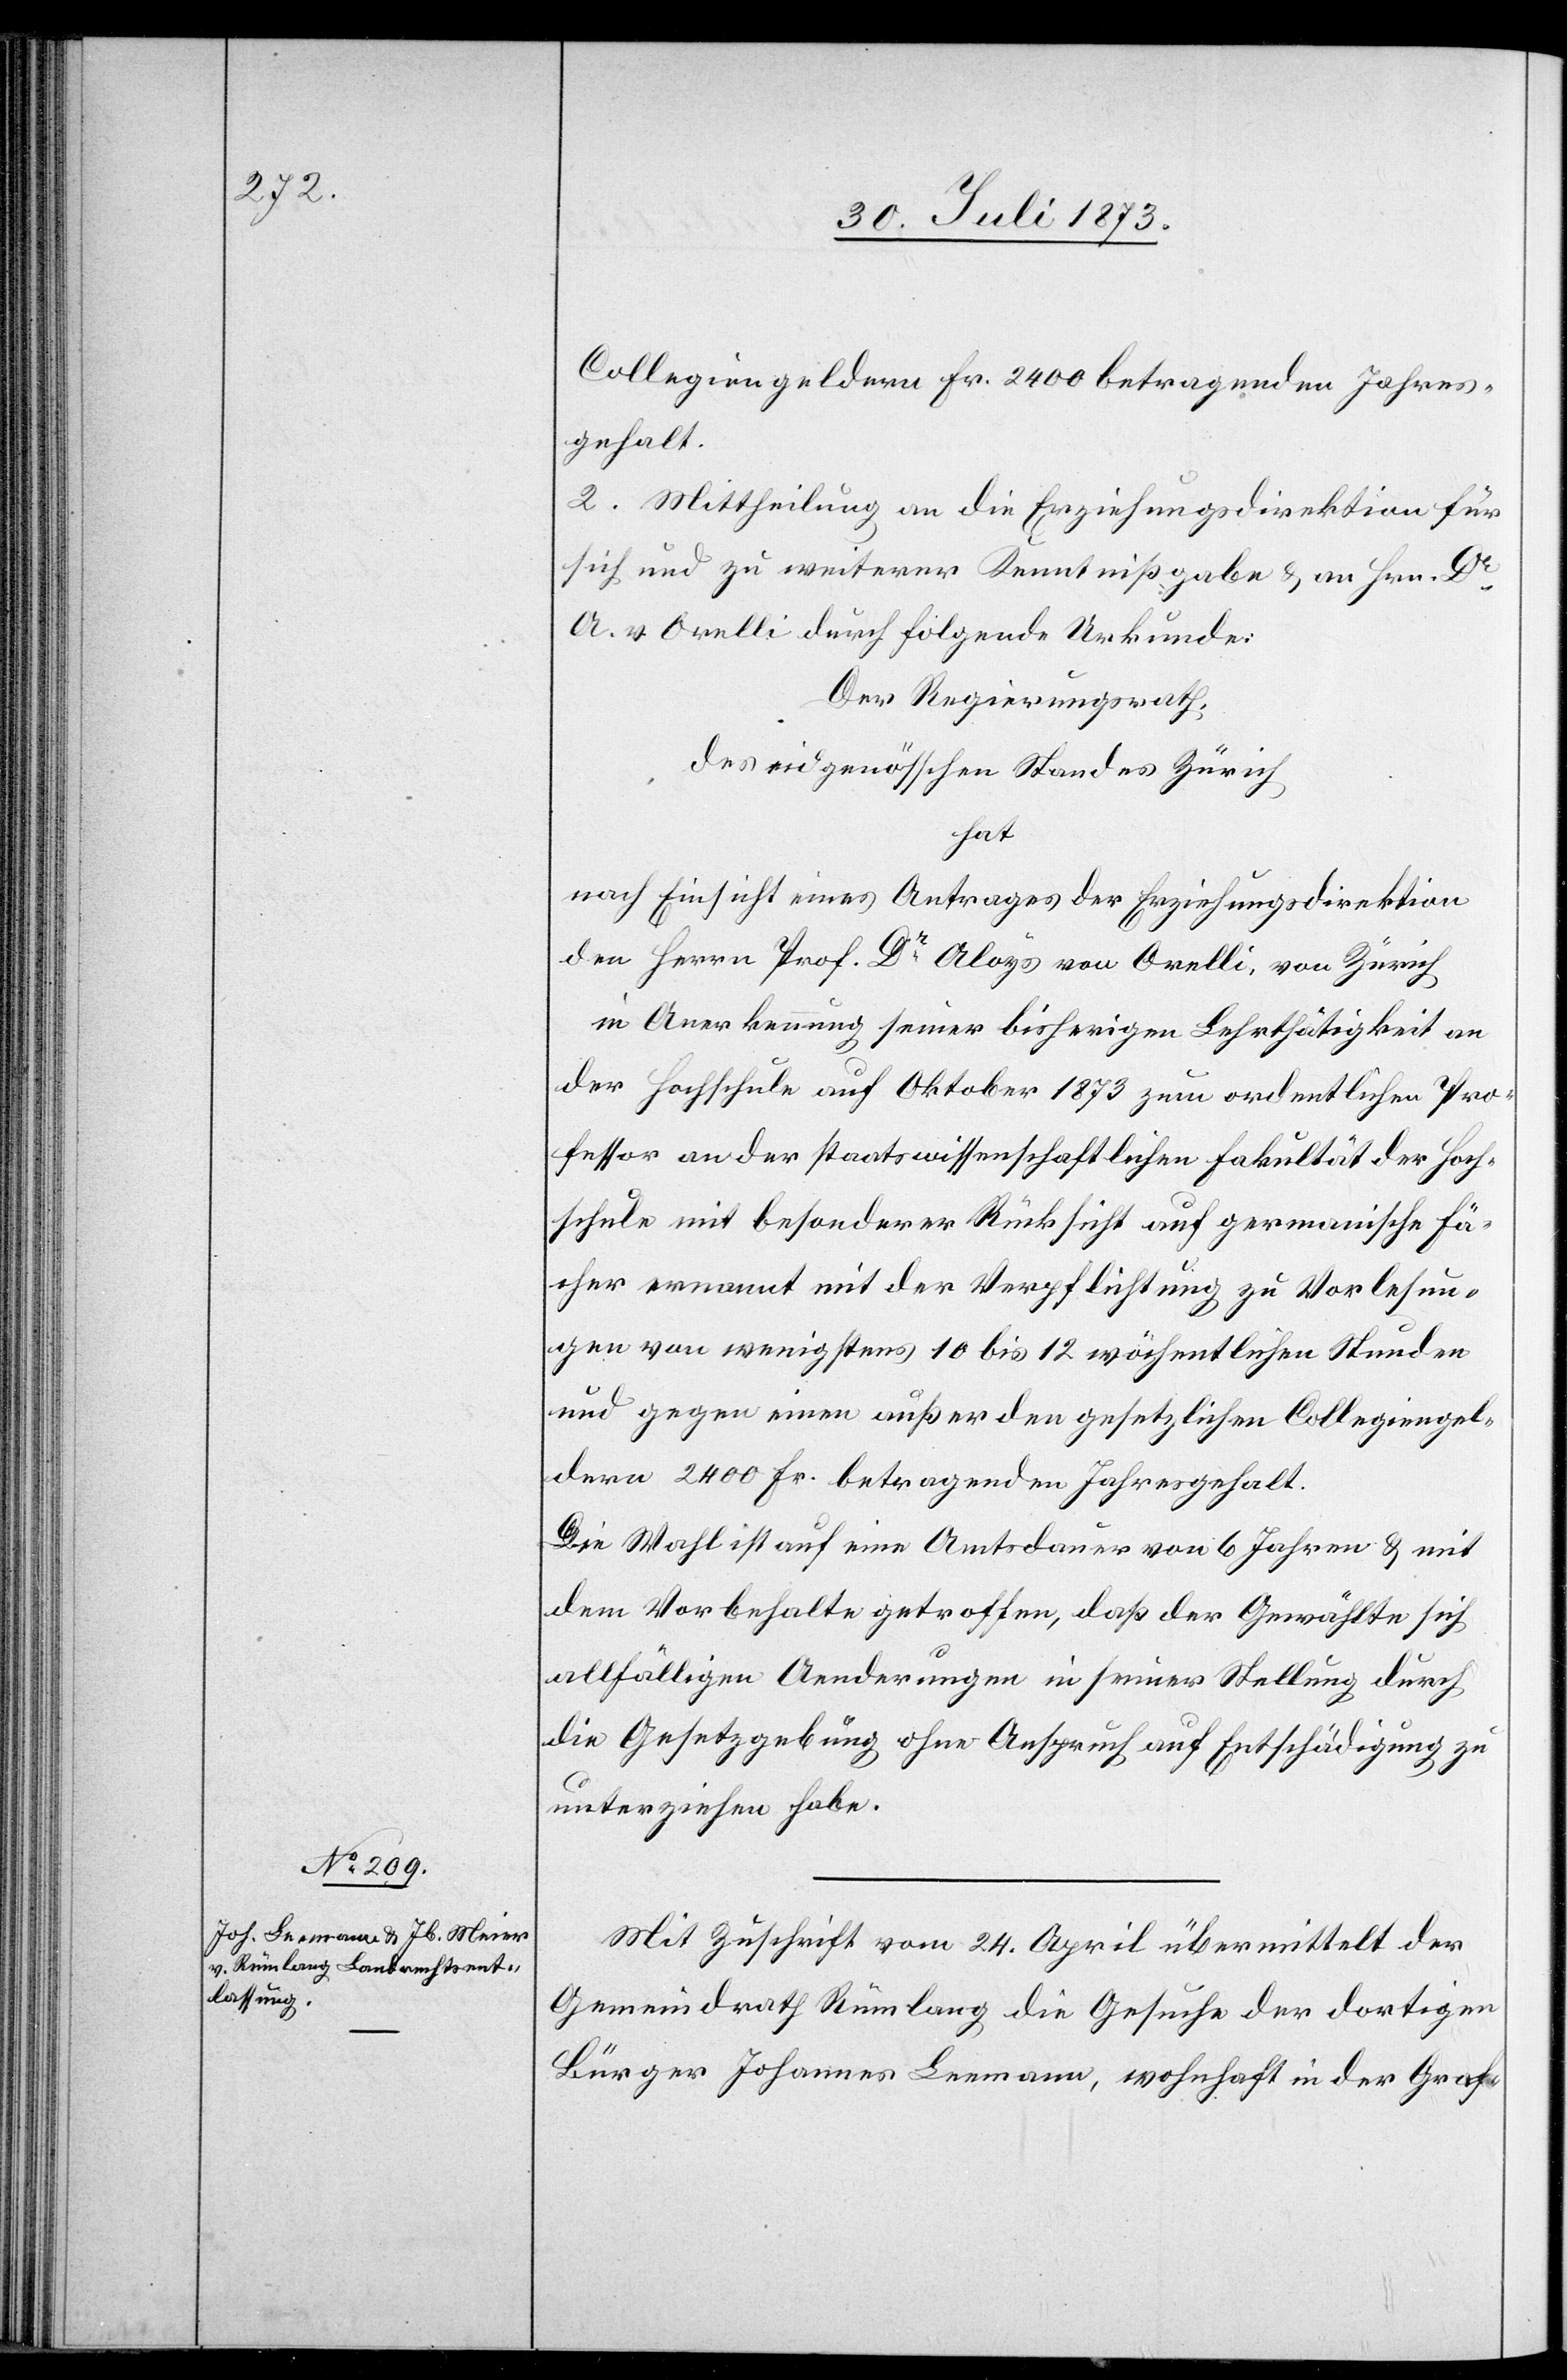
Collegiengeldern Fr. 2 400 betragenden Jahres¬
gehalt.
2. Mittheilung an die Erziehungsdirektion für
sich und zu weiterer Kenntnißgabe & an Hrn. Dr
A. v. Orelli durch folgende Urkunde:
Der Regierungsrath,
des eidgenöss[is]chen Standes Zürich
hat
nach Einsicht eines Antrages der Erziehungsdirektion
den Herrn Prof. Dr Aloys von Orelli, von Zürich
in Anerkennung seiner bisherigen Lehrthätigkeit an
der Hochschule auf Oktober 1873 zum ordentlichen Pro¬
fessor an der staatswissenschaftlichen Fakultät der Hoch¬
schule mit besonderer Rücksicht auf germanische Fä¬
cher ernannt mit der Verpflichtung zu Vorlesun¬
gen von wenigstens 10 bis 12 wöchentlichen Stunden
und gegen einen außer den gesetzlichen Collegiengel¬
dern 2 400 Fr. betragenden Jahresgehalt.
Die Wahl ist auf eine Amtsdauer von 6 Jahren & mit
dem Vorbehalte getroffen, daß der Gewählte sich
allfälligen Aenderungen in seiner Stellung durch
die Gesetzgebung ohne Anspruch auf Entschädigung zu
unterziehen habe.
Mit Zuschrift vom 24. April übermittelt der
Gemeindrath Rümlang die Gesuche der dortigen
Bürger Johannes Leemann, wohnhaft in der Graf-